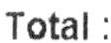
TOTAL :